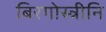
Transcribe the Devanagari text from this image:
बिरगोस्त्रीनि